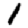
Digit: 1